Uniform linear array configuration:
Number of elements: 24
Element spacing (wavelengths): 0.75
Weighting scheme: kaiser
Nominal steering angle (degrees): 15
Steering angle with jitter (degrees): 15.676
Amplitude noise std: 0.05
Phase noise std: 0.05

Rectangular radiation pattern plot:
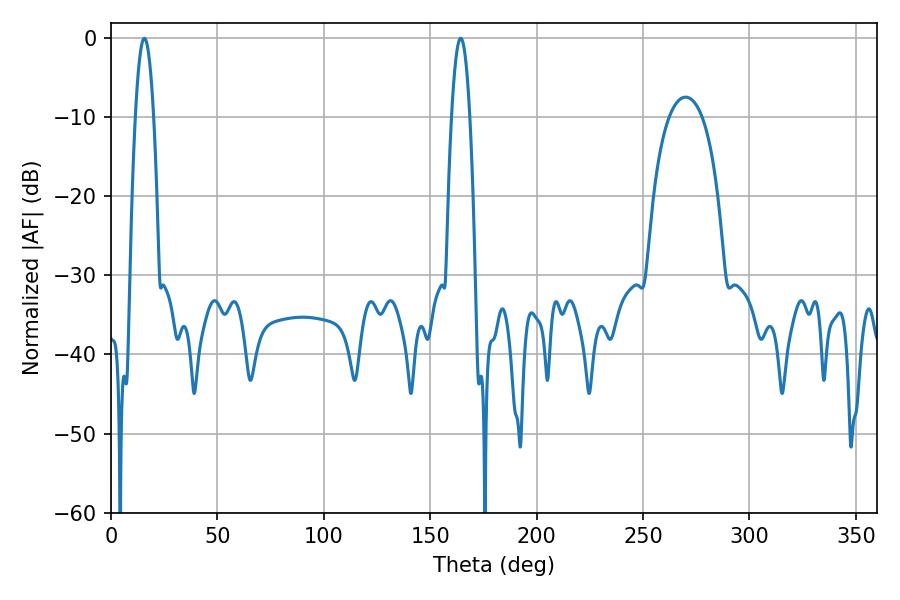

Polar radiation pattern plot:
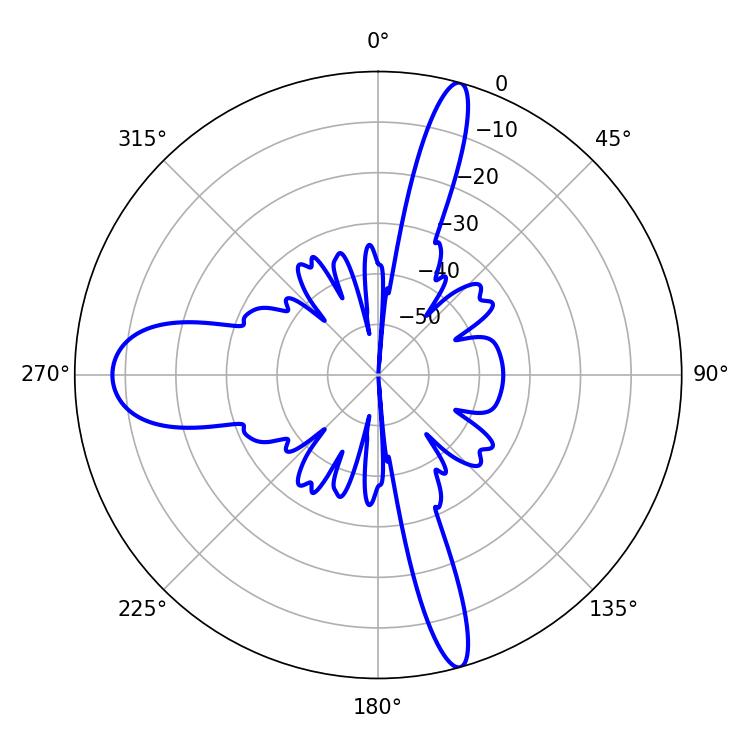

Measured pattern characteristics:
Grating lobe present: TRUE
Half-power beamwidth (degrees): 4.68
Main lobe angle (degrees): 15.66